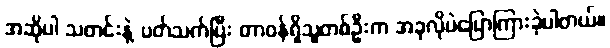
အဆိုပါ သတင်းနဲ့ ပတ်သက်ပြီး တာဝန်ရှိသူတစ်ဦးက အခုလိုပဲပြောကြားခဲ့ပါတယ်။